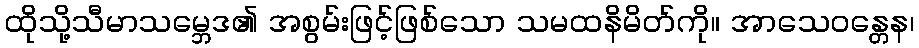
ထိုသို့သီမာသမ္ဘေဒ၏ အစွမ်းဖြင့်ဖြစ်သော သမထနိမိတ်ကို။ အာသေဝန္တေန၊